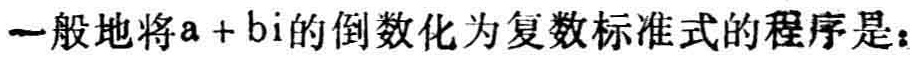
一般地将\(a + b\text{i}\)的倒数化为复数标准式的程序是：